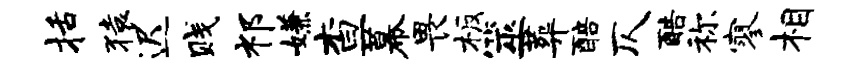
括猿迟贱祁嫌查幕畏板筮葬醅仄酷称寥相